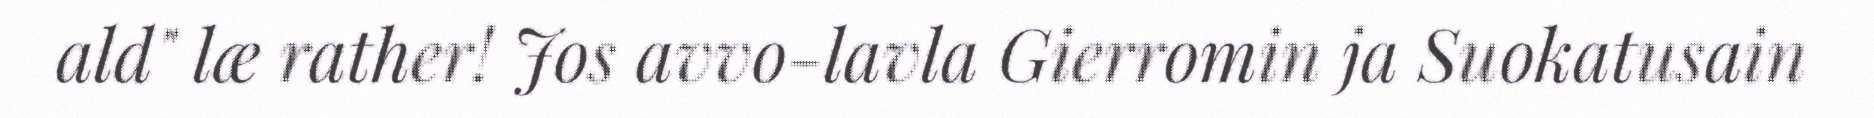
ald" læ rather! Jos avvo-lavla Gierromin ja Suokatusain